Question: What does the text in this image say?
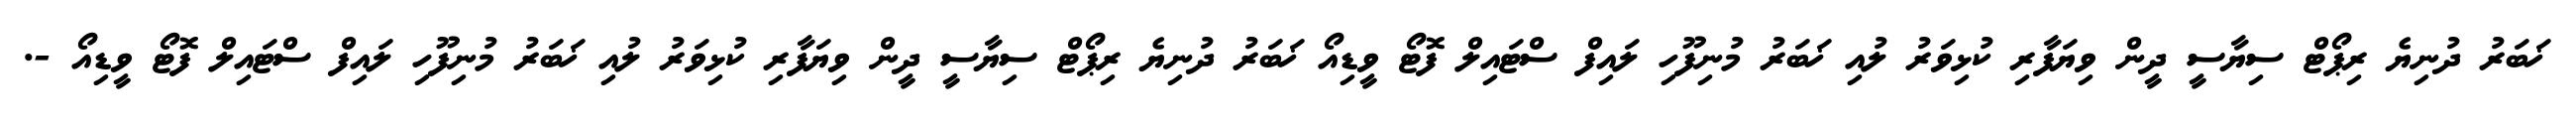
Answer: ޚަބަރު ދުނިޔެ ރިޕޯޓް ސިޔާސީ ދީން ވިޔަފާރި ކުޅިވަރު ލުއި ޚަބަރު މުނިފޫހި ލައިފް ސްޓައިލް ފޮޓޯ ވީޑިއޯ ޚަބަރު ދުނިޔެ ރިޕޯޓް ސިޔާސީ ދީން ވިޔަފާރި ކުޅިވަރު ލުއި ޚަބަރު މުނިފޫހި ލައިފް ސްޓައިލް ފޮޓޯ ވީޑިއޯ -.